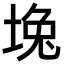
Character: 堍